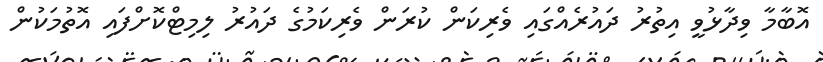
އޮބާމާ ވިދާޅުވީ އިތުރު ދައުރެއްގައި ވެރިކަން ކުރަން ވެރިކަމުގެ ދައުރު ލިމިޓްކޮށްފައި އޮތުމަކުން